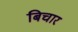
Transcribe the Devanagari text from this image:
बिचार